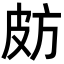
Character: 𣃤